Lunatic asylums in Bengal annual reports 1888-1898 - 1888-1898
Year: 1888
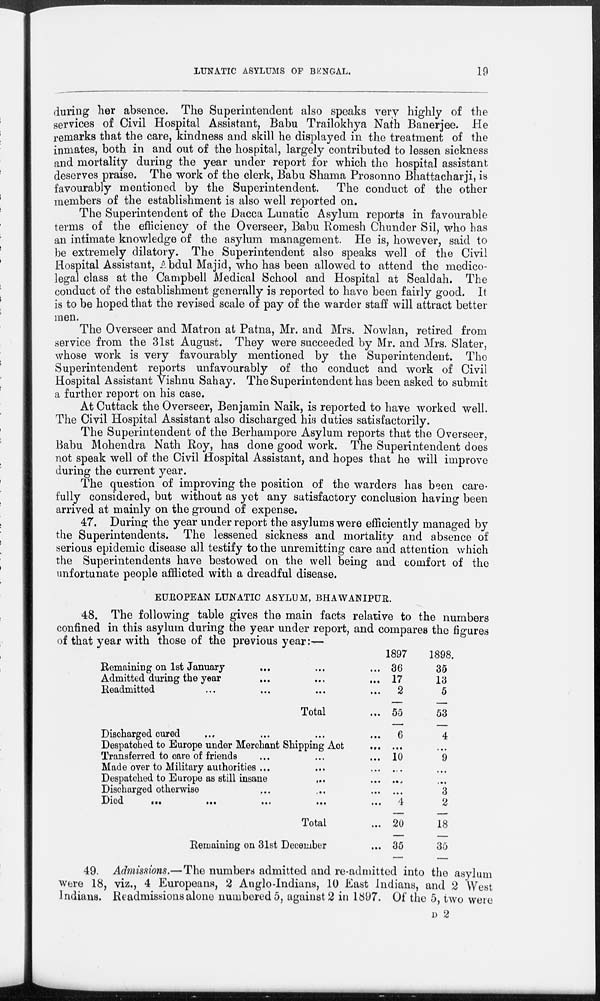
LUNATIC ASYLUMS OF BENGAL.
19
during her absence. The Superintendent also speaks very highly of the
services of Civil Hospital Assistant, Babu Trailokhya Nath Banerjee. He
remarks that the care, kindness and skill he displayed in the treatment of the
inmates, both in and out of the hospital, largely contributed to lessen sickness
and mortality during the year under report for which the hospital assistant
deserves praise. The work of the clerk, Babu Shama Prosonno Bhattacharji, is
favourably mentioned by the Superintendent. The conduct of the other
members of the establishment is also well reported on.
The Superintendent of the Dacca Lunatic Asylum reports in favourable
terms of the efficiency of the Overseer, Babu Romesh Chunder Sil, who has
an intimate knowledge of the asylum management. He is, however, said to
be extremely dilatory. The Superintendent also speaks well of the Civil
Hospital Assistant, Abdul Majid, who has been allowed to attend the medico-
legal class at the Campbell Medical School and Hospital at Sealdah. The
conduct of the establishment generally is reported to have been fairly good. It
is to be hoped that the revised scale of pay of the warder staff will attract better
men.
The Overseer and Matron at Patna, Mr. and Mrs. Nowlan, retired from
service from the 31st August. They were succeeded by Mr. and Mrs. Slater,
whose work is very favourably mentioned by the Superintendent. The
Superintendent reports unfavourably of the conduct and work of Civil
Hospital Assistant Vishnu Sahay. The Superintendent has been asked to submit
a further report on his case.
At Cuttack the Overseer, Benjamin Naik, is reported to have worked well.
The Civil Hospital Assistant also discharged his duties satisfactorily.
The Superintendent of the Berhampore Asylum reports that the Overseer,
Babu Mohendra Nath Roy, has done good work. The Superintendent does
not speak well of the Civil Hospital Assistant, and hopes that he will improve
during the current year.
The question of improving the position of the warders has been care-
fully considered, but without as yet any satisfactory conclusion having been
arrived at mainly on the ground of expense.
47. During the year under report the asylums were efficiently managed by
the Superintendents. The lessened sickness and mortality and absence of
serious epidemic disease all testify to the unremitting care and attention which
the Superintendents have bestowed on the well being and comfort of the
unfortunate people afflicted with a dreadful disease.
EUROPEAN LUNATIC ASYLUM, BHAWANIPUR.
48. The following table gives the main facts relative to the numbers
confined in this asylum during the year under report, and compares the figures
of that year with those of the previous year:—
Remaining on 1st January
... ... ...
Admitted during the year ... ... ...
Readmitted ... ... ... ...
Total ...
Discharged cured ... ... ... ...
Despatched to Europe under Merchant Shipping Act ...
Transferred to care of friends ... ... ...
Made over to Military authorities ... ... ...
Despatched to Europe as still insane
... ...
Discharged otherwise ... ... ... ...
Died
...
...
...
...
...
Total ...
Remaining on 31st December ...
1897
36
17
2
55
6
...
10
...
...
...
4
20
35
1898.
35
13
5
53
4
...
9
...
...
3
2
18
35
49. Admissions.—The numbers admitted and re-admitted into the asylum
were 18, viz., 4 Europeans, 2 Anglo-Indians, 10 East Indians, and 2 West
Indians. Readmissions alone numbered 5, against 2 in 1897. Of the 5, two were
D 2